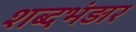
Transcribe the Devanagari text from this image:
शब्दभंड़ार